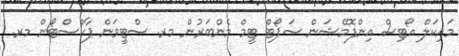
މައިކަލް އޯޓިސް އިންފޮމޭޝަން ސަޕޯޓް ޓީމް މެންބަރުން މރ. ސްޓީވަން ޕާކްސްޓޯން މރ.